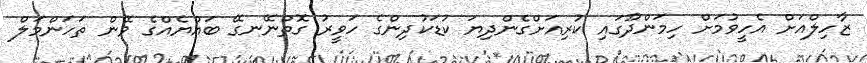
ޒާހިލްއަށް އެހީވުމަށް ހިމަންދޫގައި ކުރިއަށްގެންދިޔަ ކުޑަކުދިންގެ ހަވީރު ގޮތްނޭނގޭ ބައްޔެއްގެ ވޭން ތަހަންމަލް